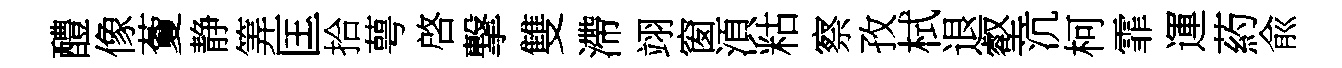
醴像藑静筭匡拾萼啓撃雙滯翊窗湏䊀察孜栻退壑沆柯霏運葯兪